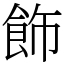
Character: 飾